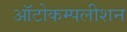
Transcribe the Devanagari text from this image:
ऑटोकम्पलीशन